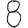
Digit: 8